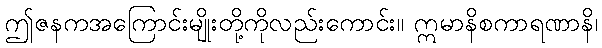
ဤဇနကအကြောင်းမျိုးတို့ကိုလည်းကောင်း။ ဣမာနိစကာရဏာနိ၊